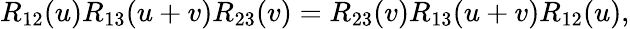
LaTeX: R_{12}(u)R_{13}(u+v)R_{23}(v)=R_{23}(v)R_{13}(u+v)R_{12}(u),